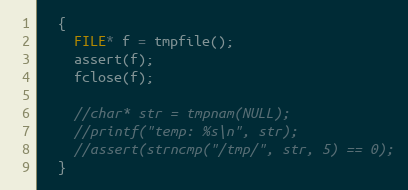
Language: C++
  {
    FILE* f = tmpfile();
    assert(f);
    fclose(f);

    //char* str = tmpnam(NULL);
    //printf("temp: %s\n", str);
    //assert(strncmp("/tmp/", str, 5) == 0);
  }